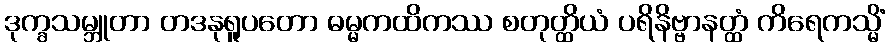
ဒုက္ခသမ္ဘူတာ တဒနုရူပတော ဓမ္မကထိကဿ စတုတ္ထိယံ ပရိနိဗ္ဗာနတ္ထံ ကိရေကသ္မိံ